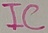
Text: IC